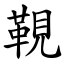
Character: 䩤